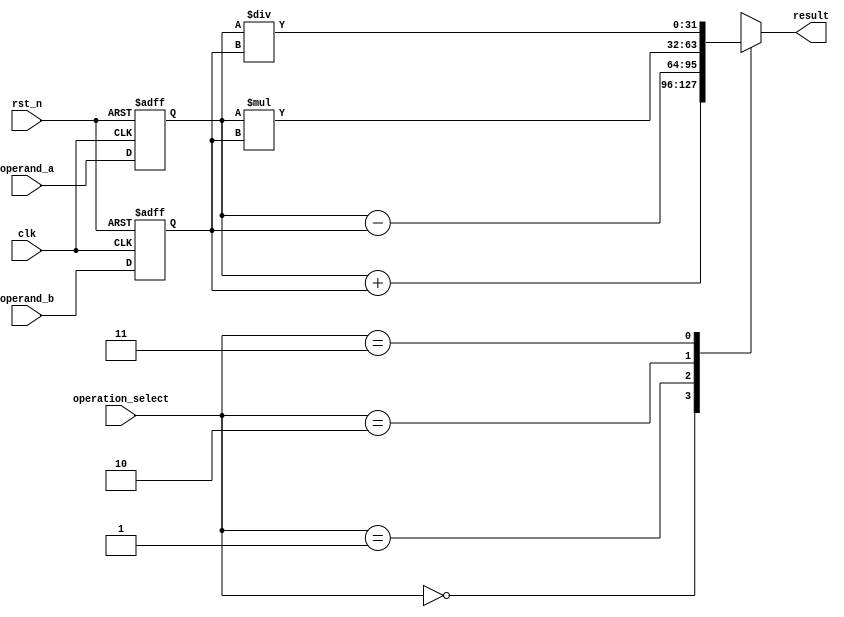
module arithmetic_block (
    input wire clk,
    input wire rst_n,
    input wire [31:0] operand_a,
    input wire [31:0] operand_b,
    input wire [1:0] operation_select,
    output reg [31:0] result
);

reg [31:0] result_reg;
reg [1:0] status_reg;
wire [31:0] a_float;
wire [31:0] b_float;

// Input and output registers
reg [31:0] operand_a_reg;
reg [31:0] operand_b_reg;

always @(posedge clk or negedge rst_n) begin
    if (~rst_n) begin
        operand_a_reg <= 0;
        operand_b_reg <= 0; 
    end else begin
        operand_a_reg <= operand_a;
        operand_b_reg <= operand_b;
    end
end

// Conversion logic
assign a_float = operand_a_reg; // Assume conversion logic is implemented
assign b_float = operand_b_reg; // Assume conversion logic is implemented

// ALU logic
always @(*) begin
    case(operation_select)
        2'b00: result_reg = a_float + b_float; // Addition
        2'b01: result_reg = a_float - b_float; // Subtraction
        2'b10: result_reg = a_float * b_float; // Multiplication
        2'b11: result_reg = a_float / b_float; // Division
    endcase
end

// Round-off logic (assuming rounding is not required for now)
assign result = result_reg;

endmodule